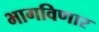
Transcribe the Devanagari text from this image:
भागविणार